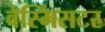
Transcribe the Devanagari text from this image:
वेस्मिंसटर